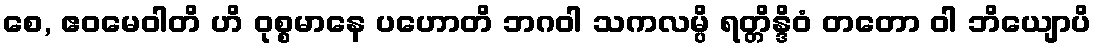
စေ, ဧဝမေဝါတိ ဟိ ဝုစ္စမာနေ ပဟောတိ ဘဂဝါ သကလမ္ပိ ရတ္တိန္ဒိဝံ တတော ဝါ ဘိယျောပိ